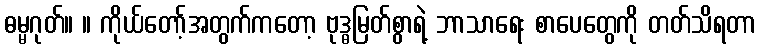
ဓမ္မဂုတ်။ ။ ကိုယ်တော့်အတွက်ကတော့ ဗုဒ္ဓမြတ်စွာရဲ့ ဘာသာရေး စာပေတွေကို တတ်သိရတာ